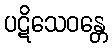
ပဋိသေဝန္တေ